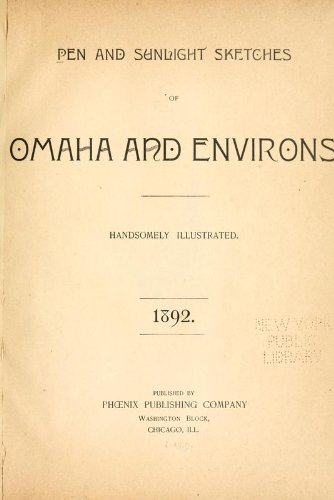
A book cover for Pen And Sunlight Sketches Of Omaha And Environs: Handsomely Illustrated; Phoenix Publishing Company; Travel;